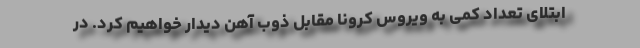
ابتلای تعداد کمی به ویروس کرونا مقابل ذوب آهن دیدار خواهیم کرد. در